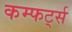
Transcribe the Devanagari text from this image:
कम्फर्ट्स